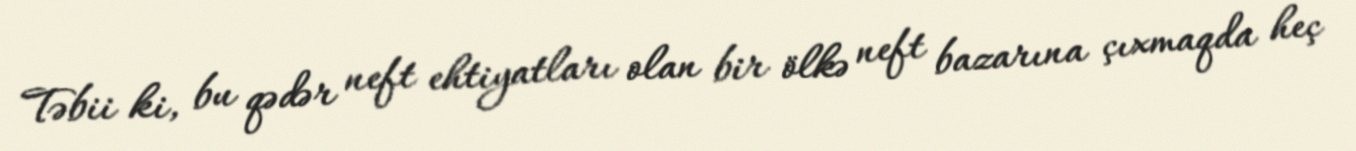
Təbii ki, bu qədər neft ehtiyatları olan bir ölkə neft bazarına çıxmaqda heç